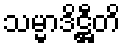
သမ္မာဒိဋ္ဌီတိ